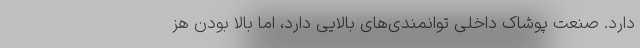
دارد. صنعت پوشاک داخلی توانمندی‌های بالایی دارد، اما بالا بودن هز